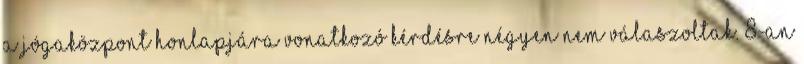
A jógaközpont honlapjára vonatkozó kérdésre négyen nem válaszoltak. 8-an